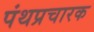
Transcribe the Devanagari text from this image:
पंथप्रचारक